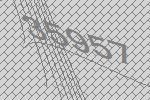
35957